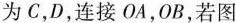
为C，D，连接OA，OB，若图